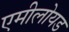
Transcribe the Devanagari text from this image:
एमीलोयड